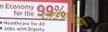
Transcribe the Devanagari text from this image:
टाइग्रेस्सेस